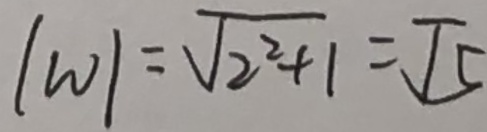
\vert W \vert = \sqrt { 2 ^ { 2 } + 1 } = \sqrt { 5 }